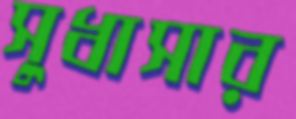
সুধাসার